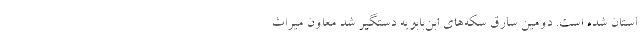
استان شده است. دومین سارق سکه‌های ابن‌بابویه دستگیر شد معاون میراث